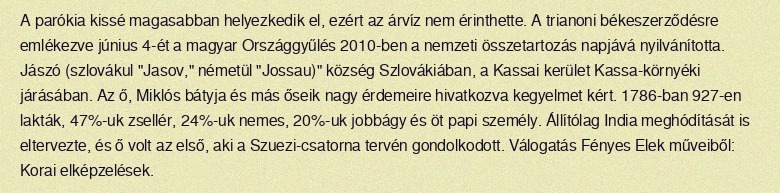
A parókia kissé magasabban helyezkedik el, ezért az árvíz nem érinthette. A trianoni békeszerződésre emlékezve június 4-ét a magyar Országgyűlés 2010-ben a nemzeti összetartozás napjává nyilvánította. Jászó (szlovákul "Jasov," németül "Jossau)" község Szlovákiában, a Kassai kerület Kassa-környéki járásában. Az ő, Miklós bátyja és más őseik nagy érdemeire hivatkozva kegyelmet kért. 1786-ban 927-en lakták, 47%-uk zsellér, 24%-uk nemes, 20%-uk jobbágy és öt papi személy. Állítólag India meghódítását is eltervezte, és ő volt az első, aki a Szuezi-csatorna tervén gondolkodott. Válogatás Fényes Elek műveiből: Korai elképzelések.